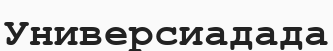
Универсиадада